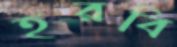
হরবি